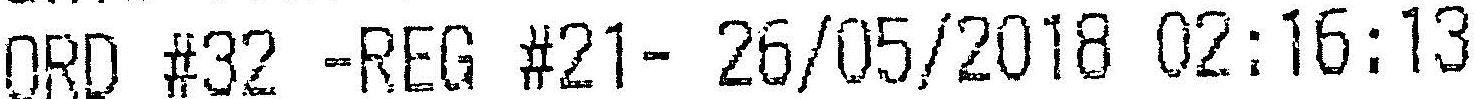
ORD #32 -REG #21- 26/05/2018 02:16:13